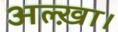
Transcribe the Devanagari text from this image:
अल्ख़ा।